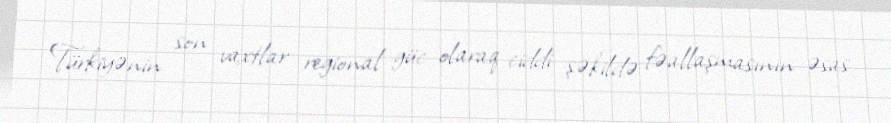
Türkiyənin son vaxtlar regional güc olaraq ciddi şəkildə fəallaşmasının əsas